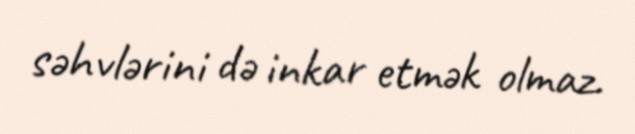
səhvlərini də inkar etmək olmaz.